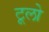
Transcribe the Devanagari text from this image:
टूलो